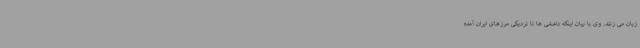
زبان می زنند. وی با بیان اینکه داعشی ها تا نزدیکی مرزهای ایران آمده